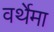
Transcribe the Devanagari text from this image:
वर्थेमा